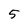
Character: 5